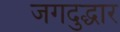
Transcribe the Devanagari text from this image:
जगदुद्धार